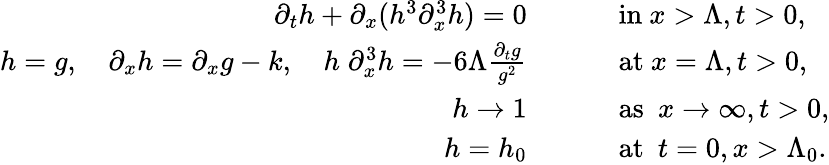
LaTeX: \begin{array}{rl}{\partial_{t}h+\partial_{x}(h^{3}\partial_{x}^{3}h)=0\qquad}&{\mathrm{~in~}x>\Lambda,t>0,}\\ {h=g,\quad\partial_{x}h=\partial_{x}g-k,\quad h\; \partial_{x}^{3}h=-6\Lambda\frac{\partial_{t}g}{g^{2}}\qquad}&{\mathrm{~at~}x=\Lambda,t>0,}\\ {h\to 1\qquad}&{\mathrm{~as~}\ x\to\infty,t>0,}\\ {h=h_{0}\qquad}&{\mathrm{~at~}\ t=0,x>\Lambda_{0}.}\end{array}